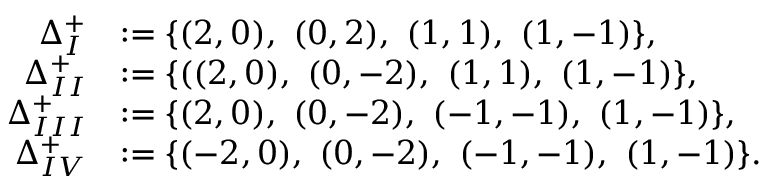
\begin{array} { r l } { \Delta _ { I } ^ { + } } & { : = \{ ( 2 , 0 ) , ~ ( 0 , 2 ) , ~ ( 1 , 1 ) , ~ ( 1 , - 1 ) \} , } \\ { \Delta _ { I I } ^ { + } } & { : = \{ ( ( 2 , 0 ) , ~ ( 0 , - 2 ) , ~ ( 1 , 1 ) , ~ ( 1 , - 1 ) \} , } \\ { \Delta _ { I I I } ^ { + } } & { : = \{ ( 2 , 0 ) , ~ ( 0 , - 2 ) , ~ ( - 1 , - 1 ) , ~ ( 1 , - 1 ) \} , } \\ { \Delta _ { I V } ^ { + } } & { : = \{ ( - 2 , 0 ) , ~ ( 0 , - 2 ) , ~ ( - 1 , - 1 ) , ~ ( 1 , - 1 ) \} . } \end{array}